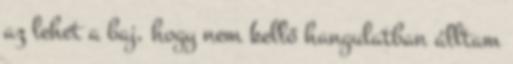
az lehet a baj, hogy nem kellő hangulatban álltam